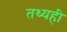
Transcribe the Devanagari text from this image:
तथ्यही